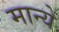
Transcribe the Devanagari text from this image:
मान्ये